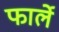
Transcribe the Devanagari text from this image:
फार्ले